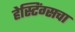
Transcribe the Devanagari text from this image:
हेस्टिंग्सचा